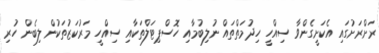
ރަށްރަށުގައި އެކަށީގެންވާ ސިއްހީ ހިދުމަތްތައް ނުލިބުމާއި ހޮސްޕިޓަލްތަކާއި ސިއްހީ މަރުކަޒުތަކުން ލިބެން ހުރި